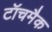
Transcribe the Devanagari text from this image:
टॉचमैक